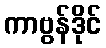
ကာဗွန်ဒိုင်